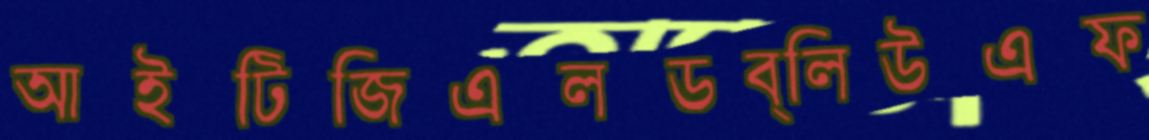
আইটিজিএলডব্লিউএফ